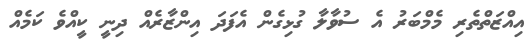
އިއްޒަތްތެރި މެމްބަރު އެ ސުވާލާ ގުޅިގެން އެފަދަ އިންޒާރެއް ދިނީ ކީއްވެ ކަމެއް